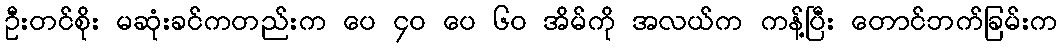
ဦးတင်စိုး မဆုံးခင်ကတည်းက ပေ ၄၀ ပေ ၆၀ အိမ်ကို အလယ်က ကန့်ပြီး တောင်ဘက်ခြမ်းက